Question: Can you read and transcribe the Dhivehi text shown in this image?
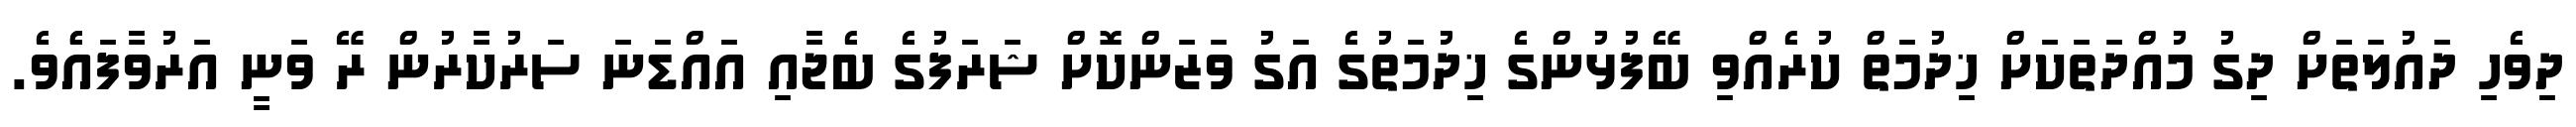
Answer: ދިވެހި ދައުލަތަށް ދިގު މުއްދަތަކަށް ޚިދުމަތް ކުރެއްވި ބޭފުޅުންގެ ޚިދުމަތުގެ އަގު ވަޒަންކޮށް ޝަރަފުގެ ބެޖާއި އައްޑަނަ ސަރުކާރުން ރޭ ވަނީ އަރުވާފައެެވެ.